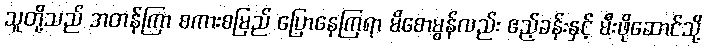
သူတို့သည် အတန်ကြာ စကားစမြည် ပြောနေကြရာ မိစောမွန်လည်း ဧည့်ခန်းနှင့် မီးဖိုဆောင်သို့